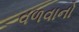
વળવાનો